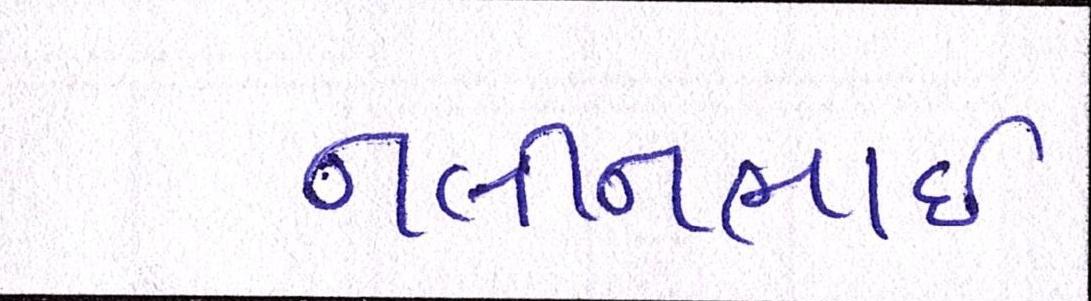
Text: નલીનભાઈ